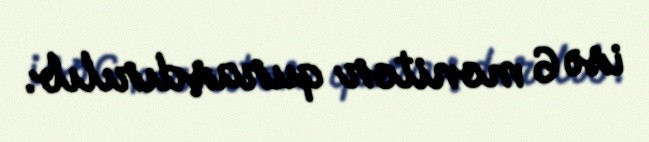
isə 6 monitor quraşdırılıb.